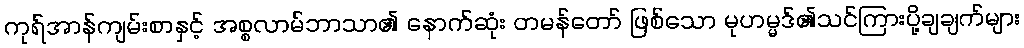
ကုရ်အာန်ကျမ်းစာနှင့် အစ္စလာမ်ဘာသာ၏ နောက်ဆုံး တမန်တော် ဖြစ်သော မုဟမ္မဒ်၏သင်ကြားပို့ချချက်များ